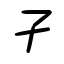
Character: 孑